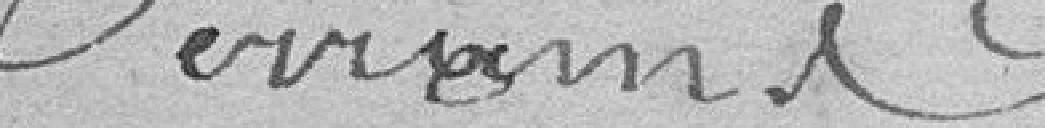
Terrains